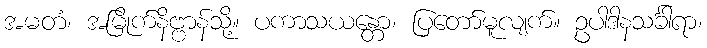
အမတံ၊ အမြိုက်နိဗ္ဗာန်သို့။ ပကာသယန္တော၊ ပြတော်မူလျက်။ ဥပါဒါနသင်္ခါရာ၊